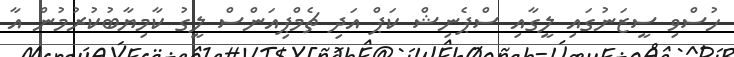
ހުސްވި ސީޒަނުގައި ލީގާއި ސްޕެނިޝް ކަޕް އަދި ޗެމްޕިއަންސް ލީގު ކާމިޔާބުކުރުމުން އާ